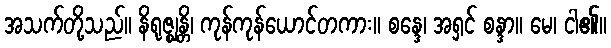
အသက်တို့သည်။ နိရုဇ္ဈန္တိ၊ ကုန်ကုန်ယောင်တကား။ စန္ဒေ၊ အရှင် စန္ဒာ။ မေ၊ ငါ၏။